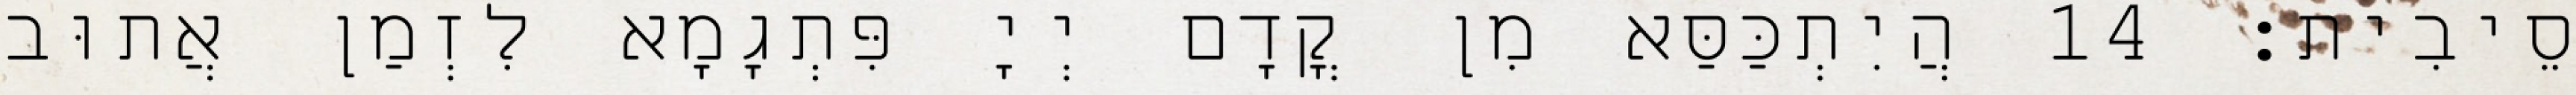
סֵיבִית׃ 14 הֲיִתְכַּסַּא מִן קֳדָם יְיָ פִּתְגָמָא לִזְמַן אֲתוּב